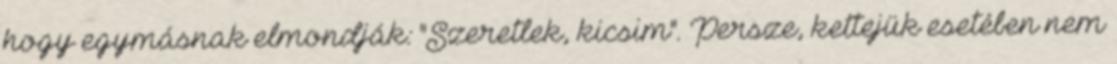
hogy egymásnak elmondják: "Szeretlek, kicsim". Persze, kettejük esetében nem